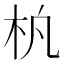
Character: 𬂢